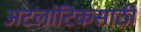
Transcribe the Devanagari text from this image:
अटलांटिकसाठी